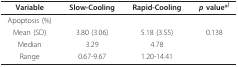
| Variable | Slow-Cooling | Rapid-Cooling | p value*) |
 | --- | --- | --- | --- |
 | Apoptosis (%) |  |  |  |
 | Mean (SD) | 3.80 (3.06) | 5.18 (3.55) | 0.138 |
 | Median | 3.29 | 4.78 |  |
 | Range | 0.67-9.67 | 1.20-14.41 |  |